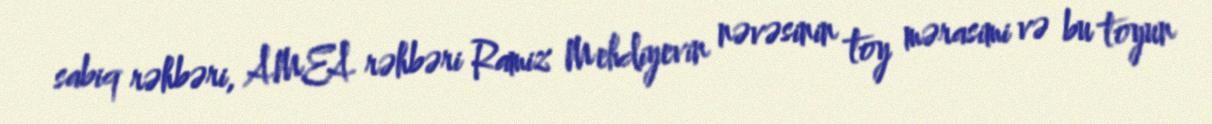
sabiq rəhbəri, AMEA rəhbəri Ramiz Mehdiyevin nəvəsinin toy mərasimi və bu toyun